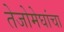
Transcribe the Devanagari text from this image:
तेजोमेघांचा